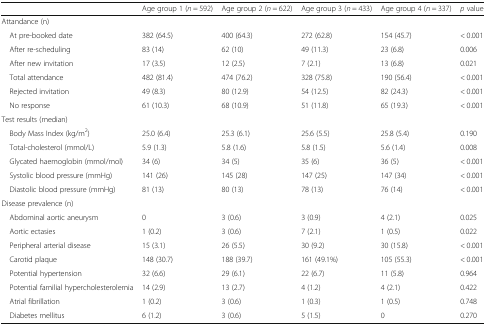
<table><thead><tr><td></td><td><b>Age group 1 (<i>n</i> = 592)</b></td><td><b>Age group 2 (<i>n</i> = 622)</b></td><td><b>Age group 3 (<i>n</i> = 433)</b></td><td><b>Age group 4 (<i>n</i> = 337)</b></td><td><b><i>p</i> value</b></td></tr></thead><tbody><tr><td colspan="6">Attandance (n)</td></tr><tr><td> At pre-booked date</td><td>382 (64.5)</td><td>400 (64.3)</td><td>272 (62.8)</td><td>154 (45.7)</td><td>&lt; 0.001</td></tr><tr><td> After re-scheduling</td><td>83 (14)</td><td>62 (10)</td><td>49 (11.3)</td><td>23 (6.8)</td><td>0.006</td></tr><tr><td> After new invitation</td><td>17 (3.5)</td><td>12 (2.5)</td><td>7 (2.1)</td><td>13 (6.8)</td><td>0.021</td></tr><tr><td> Total attendance</td><td>482 (81.4)</td><td>474 (76.2)</td><td>328 (75.8)</td><td>190 (56.4)</td><td>&lt; 0.001</td></tr><tr><td> Rejected invitation</td><td>49 (8.3)</td><td>80 (12.9)</td><td>54 (12.5)</td><td>82 (24.3)</td><td>&lt; 0.001</td></tr><tr><td> No response</td><td>61 (10.3)</td><td>68 (10.9)</td><td>51 (11.8)</td><td>65 (19.3)</td><td>&lt; 0.001</td></tr><tr><td colspan="6">Test results (median)</td></tr><tr><td> Body Mass Index (kg/m<sup>2</sup>)</td><td>25.0 (6.4)</td><td>25.3 (6.1)</td><td>25.6 (5.5)</td><td>25.8 (5.4)</td><td>0.190</td></tr><tr><td> Total-cholesterol (mmol/L)</td><td>5.9 (1.3)</td><td>5.8 (1.6)</td><td>5.8 (1.5)</td><td>5.6 (1.4)</td><td>0.008</td></tr><tr><td> Glycated haemoglobin (mmol/mol)</td><td>34 (6)</td><td>34 (5)</td><td>35 (6)</td><td>36 (5)</td><td>&lt; 0.001</td></tr><tr><td> Systolic blood pressure (mmHg)</td><td>141 (26)</td><td>145 (28)</td><td>147 (25)</td><td>147 (34)</td><td>&lt; 0.001</td></tr><tr><td> Diastolic blood pressure (mmHg)</td><td>81 (13)</td><td>80 (13)</td><td>78 (13)</td><td>76 (14)</td><td>&lt; 0.001</td></tr><tr><td colspan="6">Disease prevalence (n)</td></tr><tr><td> Abdominal aortic aneurysm</td><td>0</td><td>3 (0.6)</td><td>3 (0.9)</td><td>4 (2.1)</td><td>0.025</td></tr><tr><td> Aortic ectasies</td><td>1 (0.2)</td><td>3 (0.6)</td><td>7 (2.1)</td><td>1 (0.5)</td><td>0.022</td></tr><tr><td> Peripheral arterial disease</td><td>15 (3.1)</td><td>26 (5.5)</td><td>30 (9.2)</td><td>30 (15.8)</td><td>&lt; 0.001</td></tr><tr><td> Carotid plaque</td><td>148 (30.7)</td><td>188 (39.7)</td><td>161 (49.1%)</td><td>105 (55.3)</td><td>&lt; 0.001</td></tr><tr><td> Potential hypertension</td><td>32 (6.6)</td><td>29 (6.1)</td><td>22 (6.7)</td><td>11 (5.8)</td><td>0.964</td></tr><tr><td> Potential familial hypercholesterolemia</td><td>14 (2.9)</td><td>13 (2.7)</td><td>4 (1.2)</td><td>4 (2.1)</td><td>0.422</td></tr><tr><td> Atrial fibrillation</td><td>1 (0.2)</td><td>3 (0.6)</td><td>1 (0.3)</td><td>1 (0.5)</td><td>0.748</td></tr><tr><td> Diabetes mellitus</td><td>6 (1.2)</td><td>3 (0.6)</td><td>5 (1.5)</td><td>0</td><td>0.270</td></tr></tbody></table>